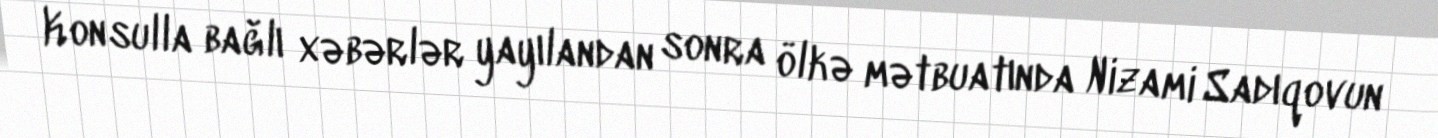
Konsulla bağlı xəbərlər yayılandan sonra ölkə mətbuatında Nizami Sadıqovun